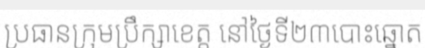
ប្រធានក្រុមប្រឹក្សាខេត្ត នៅថ្ងៃទី២៣បោះឆ្នោត